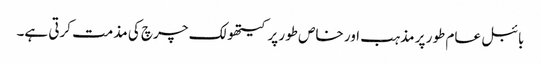
بائبل عام طور پر مذہب اور خاص طور پر کیتھولک چرچ کی مذمت کرتی ہے۔